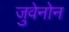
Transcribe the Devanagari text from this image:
जुवेनोन